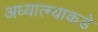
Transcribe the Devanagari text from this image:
अध्यात्म्याकडे